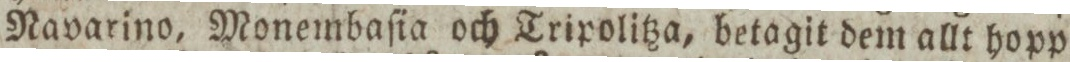
Navarino, Monembaſia och Tripolitza, betagit dem allt hopp